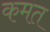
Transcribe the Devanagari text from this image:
कमत